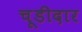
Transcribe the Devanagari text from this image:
चूडीदार